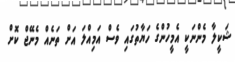
ޝަކީލާ މެންނަކީ އެމީހުންގެ ހަޔާތުގައި ވެސް އަމިއްލަ އަށް ތަނެއް މެނޭޖް ކޮށް